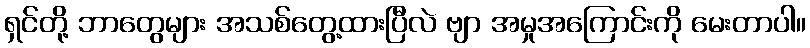
ရှင်တို့ ဘာတွေများ အသစ်တွေ့ထားပြီလဲ ဗျာ အမှုအကြောင်းကို မေးတာပါ။